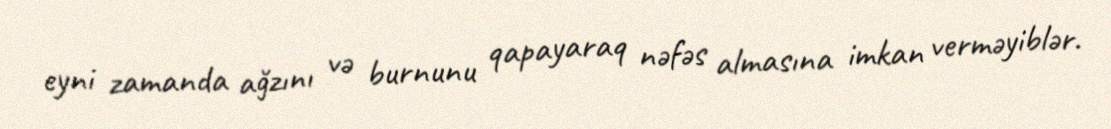
eyni zamanda ağzını və burnunu qapayaraq nəfəs almasına imkan verməyiblər.